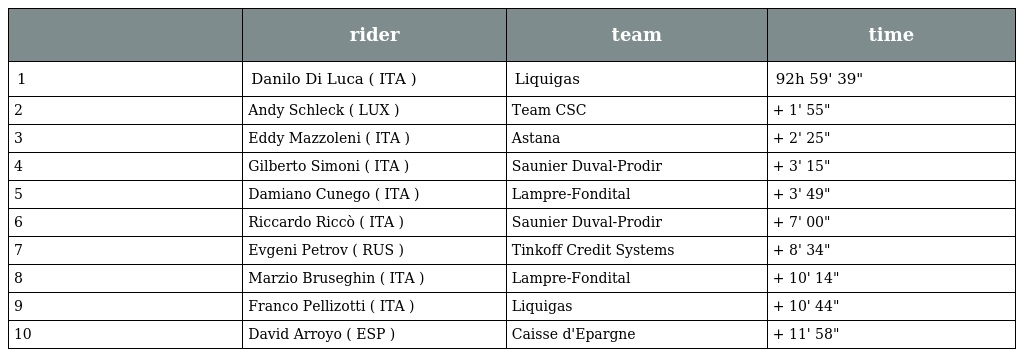
|  | rider | team | time |
 | --- | --- | --- | --- |
 | 1 | Danilo Di Luca ( ITA ) | Liquigas | 92h 59' 39" |
 | 2 | Andy Schleck ( LUX ) | Team CSC | + 1' 55" |
 | 3 | Eddy Mazzoleni ( ITA ) | Astana | + 2' 25" |
 | 4 | Gilberto Simoni ( ITA ) | Saunier Duval-Prodir | + 3' 15" |
 | 5 | Damiano Cunego ( ITA ) | Lampre-Fondital | + 3' 49" |
 | 6 | Riccardo Riccò ( ITA ) | Saunier Duval-Prodir | + 7' 00" |
 | 7 | Evgeni Petrov ( RUS ) | Tinkoff Credit Systems | + 8' 34" |
 | 8 | Marzio Bruseghin ( ITA ) | Lampre-Fondital | + 10' 14" |
 | 9 | Franco Pellizotti ( ITA ) | Liquigas | + 10' 44" |
 | 10 | David Arroyo ( ESP ) | Caisse d'Epargne | + 11' 58" |